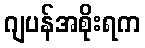
ဂျပန်အစိုးရက